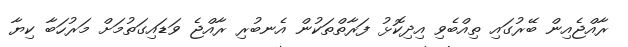
ރާއްޖެއިން ބޭރުގައި ތިއްބެވި އިދިކޮޅު ފަރާތްތަކުން އެނބުރި ރާއްޖެ ވަޑައިގަތުމަށް މަރުހަބާ ކިޔާ